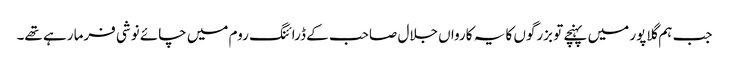
جب ہم گلاپور میں پہنچے تو بزرگوں کا یہ کارواں جلال صاحب کے ڈرائنگ روم میں چائے نوشی فرما رہے تھے۔